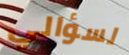
لسؤالي